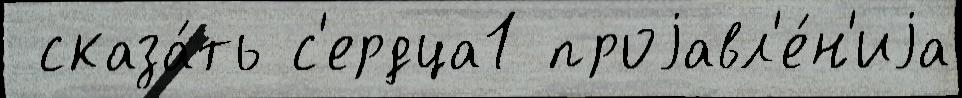
 сказа́ть с'ердца1 проjавл'е́н'иjа